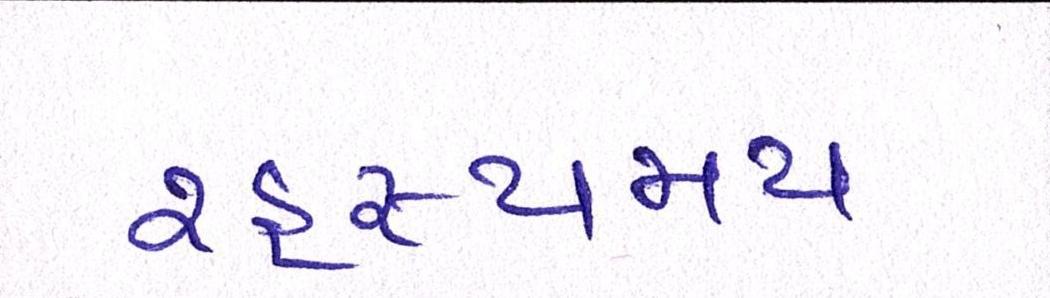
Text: રહસ્યમય